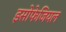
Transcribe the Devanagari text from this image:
इसोफेजियल